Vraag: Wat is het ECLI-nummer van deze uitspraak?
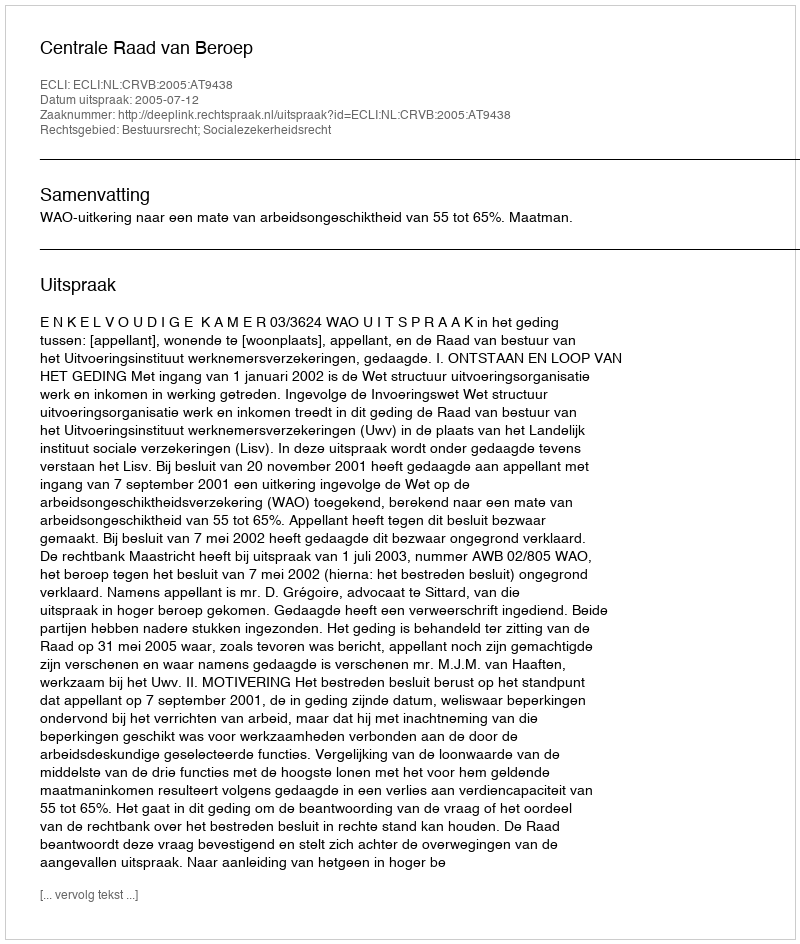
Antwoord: ECLI:NL:CRVB:2005:AT9438